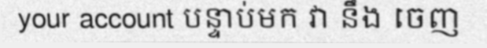
your account បន្ទាប់មក វា នឹង ចេញ